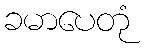
ခမာပေတုံ